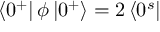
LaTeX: \left\langle 0 ^ { + } \right| \phi \left| 0 ^ { + } \right\rangle = 2 \left\langle 0 ^ { s } \right|